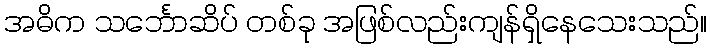
အဓိက သင်္ဘောဆိပ် တစ်ခု အဖြစ်လည်းကျန်ရှိနေသေးသည်။